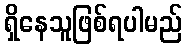
ရှိနေသူဖြစ်ရပါမည်